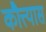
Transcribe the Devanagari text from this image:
कौत्त्यास